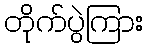
တိုက်ပွဲကြား